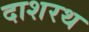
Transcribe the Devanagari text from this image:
दाशरथ